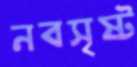
নবসৃষ্ট